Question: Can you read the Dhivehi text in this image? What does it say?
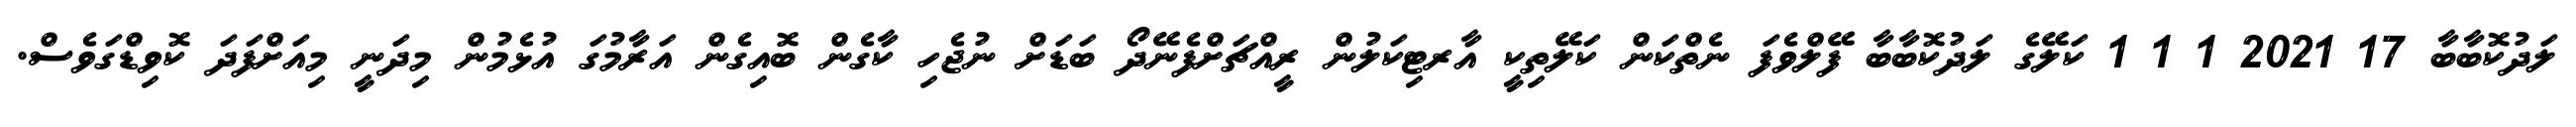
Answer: ލަދުކޮބާބާ 17 2021 1 1 1 ކަލޭގެ ލަދުކޮބާބާ ފޭލްވެފަ ނެތްކަން ކަލޭތިކީ އާރޓިކަލުން ރީއްޗަށްފެނޭދޯ ބަޑަށް ނުޖެހި ކާގެން ބޮއިގެން އަރާމުގަ އުޅެމުން މިދަނީ މިއަށްފަދަ ކޮވިޑްގަވެސް.